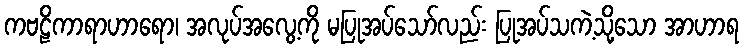
ကဗဠိကာရာဟာရော၊ အလုပ်အလွေ့ကို မပြုအပ်သော်လည်း ပြုအပ်သကဲ့သို့သော အာဟာရ